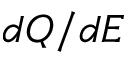
d Q / d E